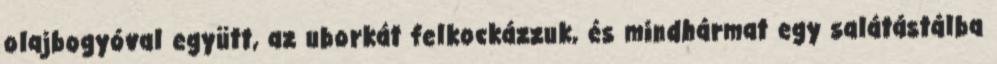
olajbogyóval együtt, az uborkát felkockázzuk, és mindhármat egy salátástálba